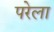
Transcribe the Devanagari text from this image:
परेला